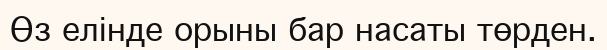
Өз елінде орыны бар насаты төрден.